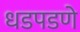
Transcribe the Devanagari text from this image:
धडपडणे